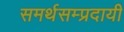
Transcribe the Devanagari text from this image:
समर्थसम्प्रदायी